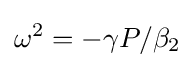
\omega ^{2}=-\gamma P/\beta _{2}